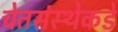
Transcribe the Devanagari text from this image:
चेतसंस्थेकडे